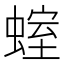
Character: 𧍱